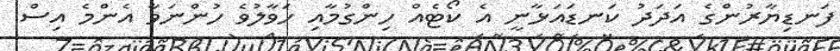
ފަނޑިޔާރުންގެ އަދަދު ކަނޑައަޅާނީ އެ ކޯޓެއް ހިންގުމާއި ހަވާލުވެ ހުންނަވާ އެންމެ އިސް